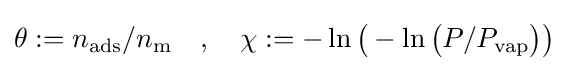
\theta :=n_{\text{ads}}/n_{\text{m}}\quad ,\quad \chi :=-\ln {\bigl (}-\ln {\bigl (}P/P_{\text{vap}}{\bigr )}{\bigr )}